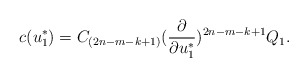
\begin{align*}c(u^*_1)=C_{(2n-m-k+1)}({\partial\over\partial u^*_1})^{2n-m-k+1}Q_1.\end{align*}